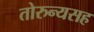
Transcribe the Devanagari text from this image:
तोरुन्यसह